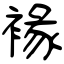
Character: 褖